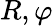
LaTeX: R,\varphi